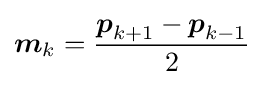
{\boldsymbol {m}}_{k}={\frac {{\boldsymbol {p}}_{k+1}-{\boldsymbol {p}}_{k-1}}{2}}